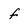
Character: f